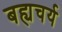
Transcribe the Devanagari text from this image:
बह्यचर्य